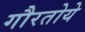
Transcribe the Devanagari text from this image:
गौरतोये